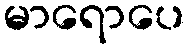
မာရောပေ